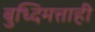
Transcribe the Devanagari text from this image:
बुध्दिमत्ताही